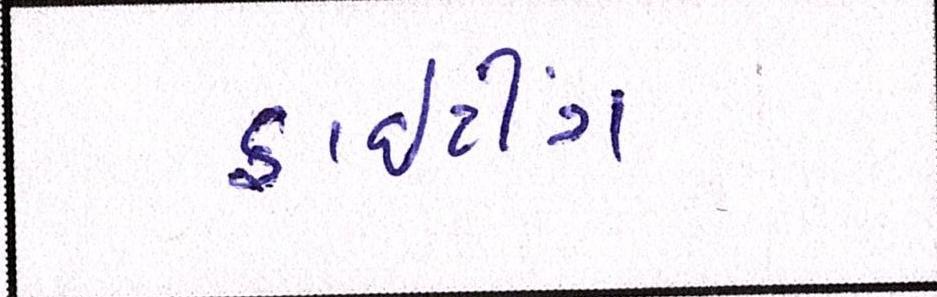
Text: ફાઈટીંગ